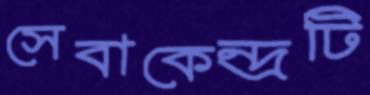
সেবাকেন্দ্রটি